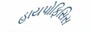
હાયપોફિસિસ